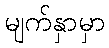
မျက်နှာမှာ